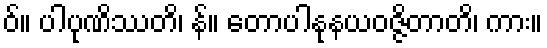
ဝ်။ ပါပုဏိဿတိ၊ န်။ တောပါနုနယဝဇ္ဇိတာတိ၊ ကား။